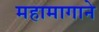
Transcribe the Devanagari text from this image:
महामागाने